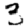
Digit: 3